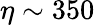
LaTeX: \eta\sim 350